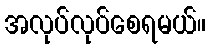
အလုပ်လုပ်စေရမယ်။